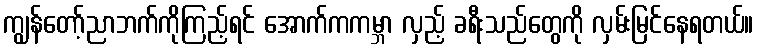
ကျွန်တော့်ညာဘက်ကိုကြည့်ရင် အောက်ကကမ္ဘာ လှည့် ခရီးသည်တွေကို လှမ်းမြင်နေရတယ်။